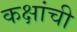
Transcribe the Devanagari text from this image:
कक्षांची